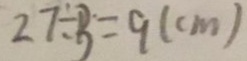
2 7 \div 3 = 9 ( c m )